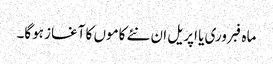
ماہ فبروری یا اپریل ان نئے کاموں کا آغاز ہوگا۔